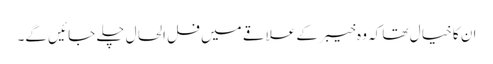
ان کا خیا ل تھا کہ وہ خیبر کے علاقے میں فل الحا ل چلے جا ئیں گے۔